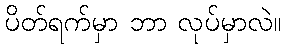
ပိတ်ရက်မှာ ဘာ လုပ်မှာလဲ။